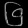
Digit: ၆